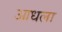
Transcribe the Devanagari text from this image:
आधला